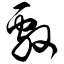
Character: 敫